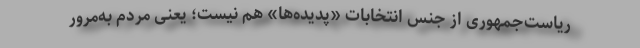
ریاست‌جمهوری از جنس انتخابات «پدیده‌ها» هم نیست؛ یعنی مردم به‌مرور